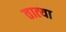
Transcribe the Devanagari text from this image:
तात्‍या